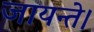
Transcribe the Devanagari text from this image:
जायन्ते।